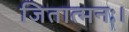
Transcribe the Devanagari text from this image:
जितात्मनः।